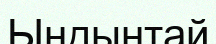
Ындынтай